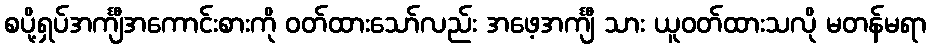
စပို့ရှပ်အင်္ကျီအကောင်းစားကို ဝတ်ထားသော်လည်း အဖေ့အင်္ကျီ သား ယူဝတ်ထားသလို မတန်မရာ